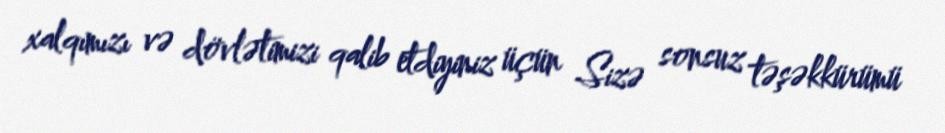
xalqımızı və dövlətimizi qalib etdiyiniz üçün Sizə sonsuz təşəkkürümü